Scottish Certificate of Education, 1962
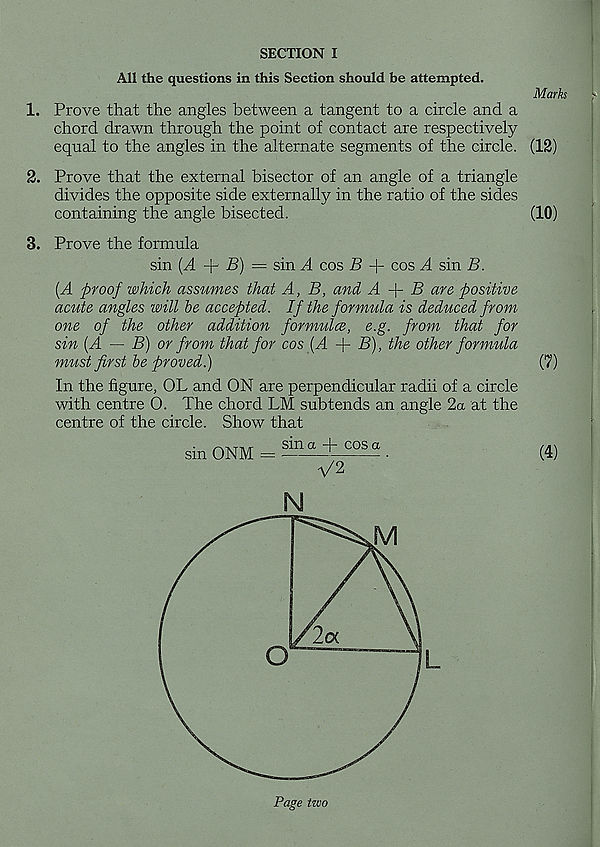
SECTION I
All the questions in this Section should be attempted.
Marks
>
1. Prove that the angles between a tangent to a circle and a
chord drawn through the point of contact are respectively
equal to the angles in the alternate segments of the circle. (12)
2. Prove that the external bisector of an angle of a triangle
divides the opposite side externally in the ratio of the sides
containing the angle bisected.
(10)
3. Prove the formula
sin (A + B) — sin A cos B + cos A sin B.
[A proof which assumes that A, B, and A
B are positive
acute angles will be accepted. If the formula is deduced from
one of the other addition formulce, e.g. from that for
sin {A — B) or from that for cos [A -j- B), the other formula
must first be proved.)
(7)
In the figure, OL and ON are perpendicular radii of a circle
with centre O. The chord LM subtends an angle 2a at the
centre of the circle. Show that
/"vATTi/r
sin a
COS a
/>in
sm ONM =
1
(4)
V2
N
L
;
Page two